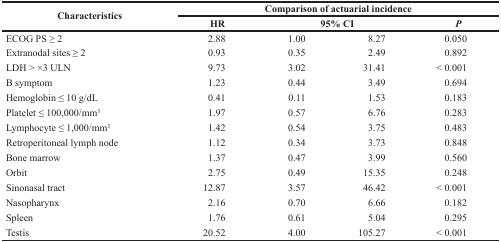
<table><thead><tr><td rowspan="2"><b>Characteristics</b></td><td colspan="4"><b>Comparison of actuarial incidence</b></td></tr><tr><td><b>HR</b></td><td colspan="2"><b>95% CI</b></td><td><b><i>P</i></b></td></tr></thead><tbody><tr><td>ECOG PS ≥ 2</td><td>2.88</td><td>1.00</td><td>8.27</td><td>0.050</td></tr><tr><td>Extranodal sites≥ 2</td><td>0.93</td><td>0.35</td><td>2.49</td><td>0.892</td></tr><tr><td>LDH &gt; ×3 ULN</td><td>9.73</td><td>3.02</td><td>31.41</td><td>&lt; 0.001</td></tr><tr><td>B symptom</td><td>1.23</td><td>0.44</td><td>3.49</td><td>0.694</td></tr><tr><td>Hemoglobin ≤10 g/dL</td><td>0.41</td><td>0.11</td><td>1.53</td><td>0.183</td></tr><tr><td>Platelet ≤100,000/mm<sup>3</sup></td><td>1.97</td><td>0.57</td><td>6.76</td><td>0.283</td></tr><tr><td>Lymphocyte ≤1,000/mm<sup>3</sup></td><td>1.42</td><td>0.54</td><td>3.75</td><td>0.483</td></tr><tr><td>Retroperitoneal lymph node</td><td>1.12</td><td>0.34</td><td>3.73</td><td>0.848</td></tr><tr><td>Bone marrow</td><td>1.37</td><td>0.47</td><td>3.99</td><td>0.560</td></tr><tr><td>Orbit</td><td>2.75</td><td>0.49</td><td>15.35</td><td>0.248</td></tr><tr><td>Sinonasal tract</td><td>12.87</td><td>3.57</td><td>46.42</td><td>&lt; 0.001</td></tr><tr><td>Nasopharynx</td><td>2.16</td><td>0.70</td><td>6.66</td><td>0.182</td></tr><tr><td>Spleen</td><td>1.76</td><td>0.61</td><td>5.04</td><td>0.295</td></tr><tr><td>Testis</td><td>20.52</td><td>4.00</td><td>105.27</td><td>&lt; 0.001</td></tr></tbody></table>